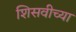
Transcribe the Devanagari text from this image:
शिसवीच्या